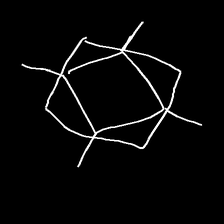
Glyph: light